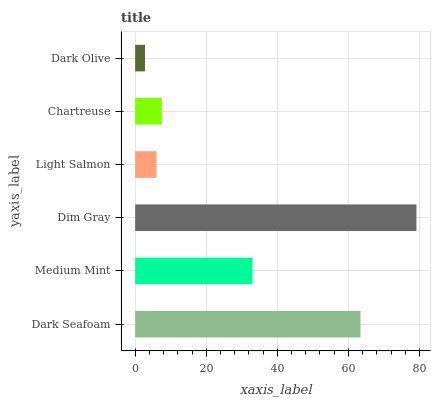
| yaxis_label | bars |
 | --- | --- |
 | Dark Seafoam | 63.4 |
 | Medium Mint | 33 |
 | Dim Gray | 79.1 |
 | Light Salmon | 6.02 |
 | Chartreuse | 7.51 |
 | Dark Olive | 2.77 |